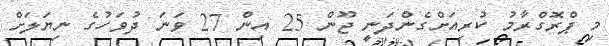
މި ޕްރޮގްރާމު ކުރިއަށްގެންދަނީ ޖޫން 25 އިން 27 ވަނަ ދުވަހުގެ ނިޔަލަށް